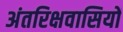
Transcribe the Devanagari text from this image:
अंतरिक्षवासियों